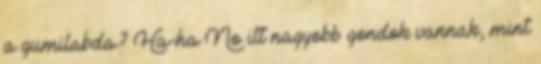
a gumilabda? Ha-ha No itt nagyobb gondok vannak, mint